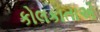
કોલકાતાએ